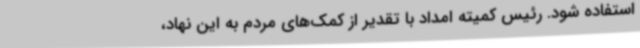
استفاده شود. رئیس کمیته امداد با تقدیر از کمک‌های مردم به این نهاد،